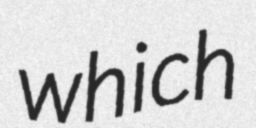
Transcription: which